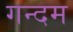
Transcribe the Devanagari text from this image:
गन्दम